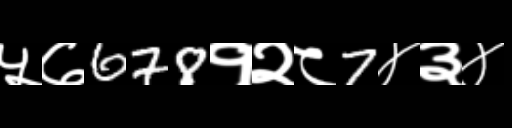
Text: ५७678१२८7४३४